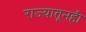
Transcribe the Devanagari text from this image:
राज्यातूनही